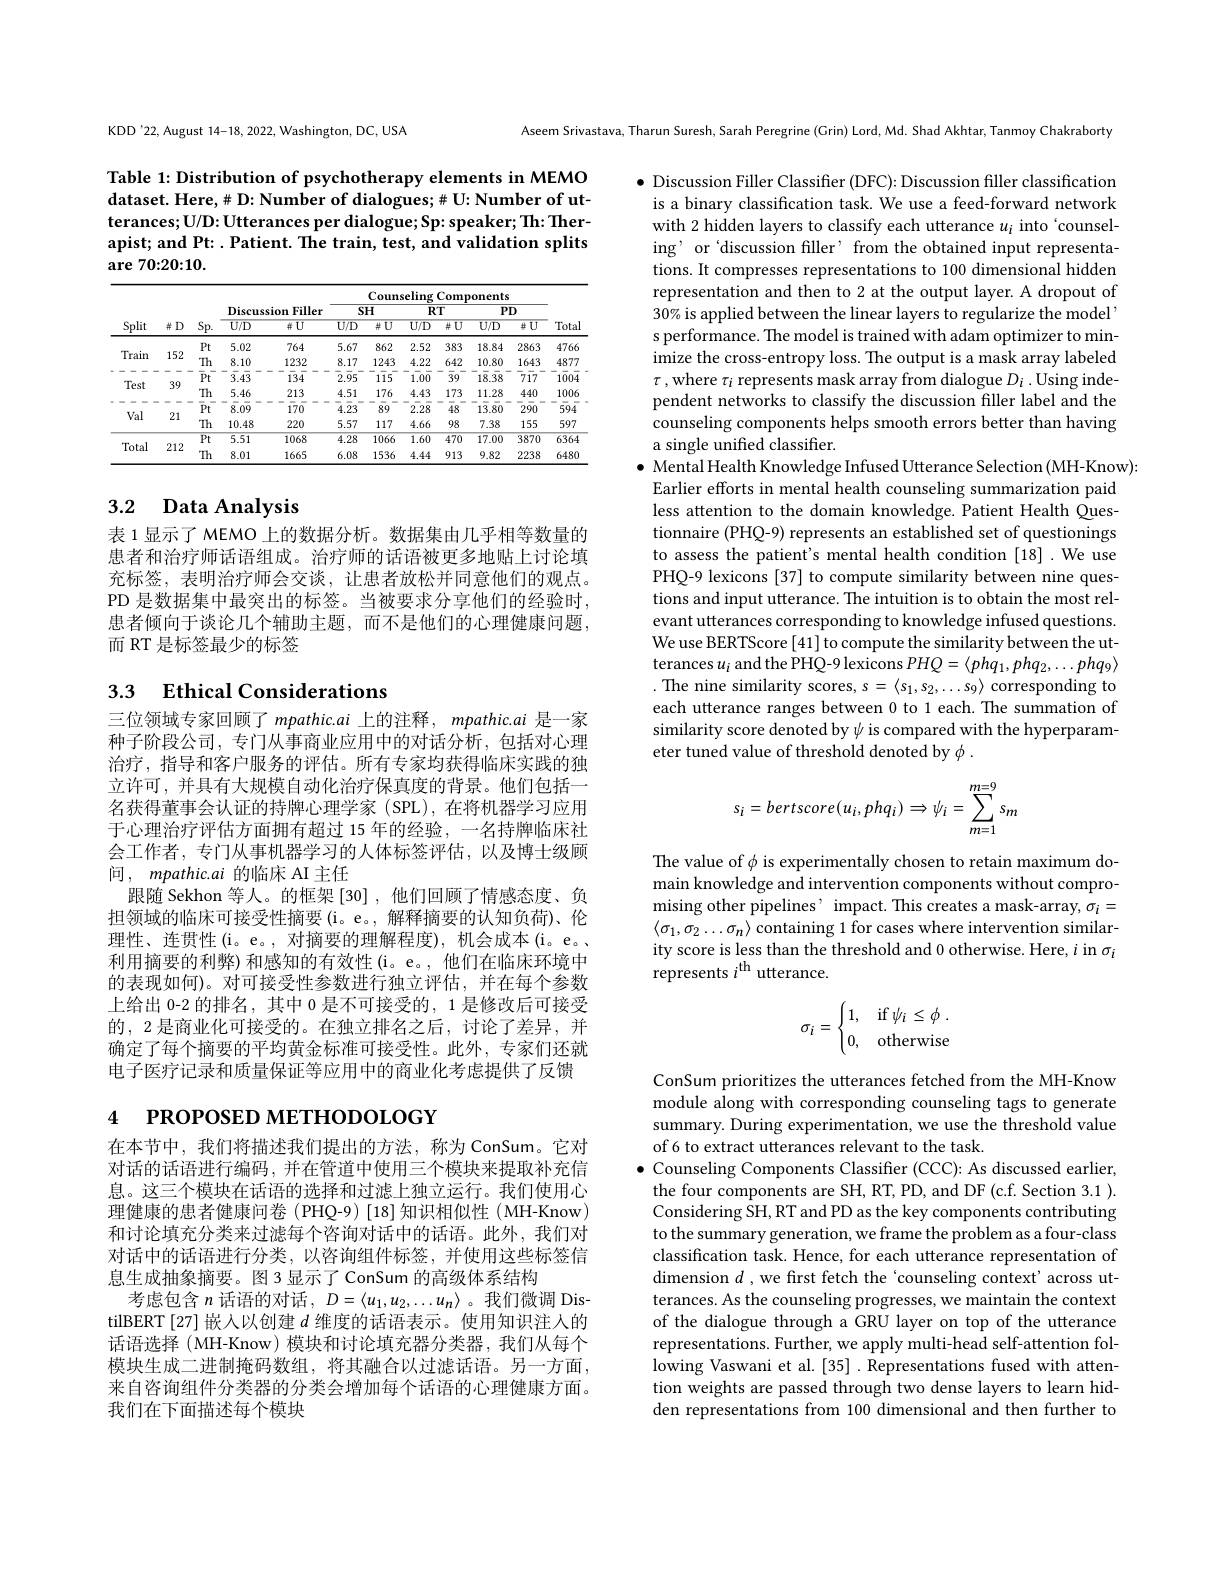
Aseem Srivastava, Tharun Suresh, Sarah Peregrine (Grin) Lord, Md. Shad Akhtar, Tanmoy Chakraborty

KDD'22, August 14-18, 2022, Washington, DC, USA

Table 1: Distribution of psychotherapy elements in MEMO dataset. Here, # D: Number of dialogues; # U: Number of utterances; U/D: Utterances per dialogue; Sp: speaker; Th: Therapist; and Pt: . Patient. The train, test, and validation splits $\textbf{are 70: 20: 10. }$

<table>
	<tbody>
		<tr>
			<th rowspan="3">Split</th>
			<th rowspan="3">$\#D$</th>
			<th rowspan="3">$\underline{Sp.}$</th>
			<th> </th>
			<th> </th>
			<th colspan="6">Counseling Components</th>
			<th rowspan="3">Total</th>
		</tr>
		<tr>
			<th colspan="2">Discussion Filler</th>
			<th colspan="2">SH</th>
			<th colspan="2">$RT$</th>
			<th colspan="2">$PD$</th>
		</tr>
		<tr>
			<th>$U/D$</th>
			<th>$\#U$</th>
			<th>$U/D$</th>
			<th>$\#U$</th>
			<th>$U/D$</th>
			<th>$\#U$</th>
			<th>$U/D$</th>
			<th>$\#U$</th>
		</tr>
		<tr>
			<td>71</td>
			<td>11P n</td>
			<td>$Pt$</td>
			<td>5.02</td>
			<td>764</td>
			<td>5.67</td>
			<td>862</td>
			<td>2.52</td>
			<td>383</td>
			<td>18.84</td>
			<td>2863</td>
			<td>4766</td>
		</tr>
		<tr>
			<td>ITaln</td>
			<td>13L</td>
			<td>Th</td>
			<td>8.10</td>
			<td>1232</td>
			<td>8.17</td>
			<td>1243</td>
			<td>4.22</td>
			<td>642</td>
			<td>10.80</td>
			<td>1643</td>
			<td>4877</td>
		</tr>
		<tr>
			<td> </td>
			<td> </td>
			<td>$\bar{P}\bar{t}$</td>
			<td>3.43</td>
			<td>134</td>
			<td>$\overline{2}.\overline{9}5$</td>
			<td>$1\overline{15}$</td>
			<td>1.00</td>
			<td>$\bar{3}9^{-}$</td>
			<td>18.38</td>
			<td>$\bar{7}\overline{17}$</td>
			<td>1004</td>
		</tr>
		<tr>
			<td>IESL</td>
			<td>$3y$</td>
			<td>Th</td>
			<td>5.46</td>
			<td>213</td>
			<td>4.51</td>
			<td>176</td>
			<td>4.43</td>
			<td>173</td>
			<td>11.28</td>
			<td>440</td>
			<td>1006</td>
		</tr>
		<tr>
			<td rowspan="2">Val</td>
			<td> </td>
			<td>$\bar{P}t$</td>
			<td>8.09</td>
			<td>170</td>
			<td>$\overline{4}.\overline{23}$ 、</td>
			<td>89 T</td>
			<td>2.28</td>
			<td>$\overline{48}^{-}$ 1 1 1</td>
			<td>13.80</td>
			<td>$\overline{290}$</td>
			<td>$5\overline{94}$ </td>
		</tr>
		<tr>
			<td>$LI$</td>
			<td>Th</td>
			<td>10.48</td>
			<td>220</td>
			<td>5.57</td>
			<td>117</td>
			<td>4.66</td>
			<td>98</td>
			<td>7.38</td>
			<td>155</td>
			<td>597</td>
		</tr>
		<tr>
			<td rowspan="2">Total</td>
			<td>T</td>
			<td>$\overline{Pt}$</td>
			<td>5.51</td>
			<td>1068</td>
			<td>4.28</td>
			<td>1066</td>
			<td>1.60</td>
			<td>470</td>
			<td>17.00</td>
			<td>3870</td>
			<td>6364</td>
		</tr>
		<tr>
			<td>$\angle\bot\angle$</td>
			<td>Th</td>
			<td>8.01</td>
			<td>1665</td>
			<td>6.08</td>
			<td>1536</td>
			<td>4.44</td>
			<td>913</td>
			<td>9.82</td>
			<td>2238</td>
			<td>6480</td>
		</tr>
	</tbody>
</table>

## 3.2 Data Analysis

表 1 显示了 MEMO 上的数据分析。数据集由几乎相等数量的患者和治疗师话语组成。治疗师的话语被更多地贴上讨论填充标签，表明治疗师会交谈，让患者放松并同意他们的观点。PD 是数据集中最突出的标签。当被要求分享他们的经验时， 患者倾向于谈论几个辅助主题，而不是他们的心理健康问题， 而 RT 是标签最少的标签

### 3.3 $\textbf{Ethical Considerations}$

三位领域专家回顾了 mpathic.ai 上的注释，mpathic.ai 是一家种子阶段公司，专门从事商业应用中的对话分析，包括对心理治疗，指导和客户服务的评估。所有专家均获得临床实践的独立许可，并具有大规模自动化治疗保真度的背景。他们包括一名获得董事会认证的持牌心理学家(SPL),在将机器学习应用于心理治疗评估方面拥有超过 15 年的经验，一名持牌临床社会工作者，专门从事机器学习的人体标签评估，以及博士级顾间，mpathic.ai 的临床 AI 主任
跟随 Sekhon 等人。的框架 [30] ,他们回顾了情感态度、负担领域的临床可接受性摘要(i。e。,解释摘要的认知负荷)、伦理性、连贯性(i。e。,对摘要的理解程度),机会成本(i。e。、 利用摘要的利弊)和感知的有效性(i。e。,他们在临床环境中的表现如何)。对可接受性参数进行独立评估，并在每个参数上给出 0-2 的排名，其中 0 是不可接受的，1 是修改后可接受的，2 是商业化可接受的。在独立排名之后，讨论了差异，并确定了每个摘要的平均黄金标准可接受性。此外，专家们还就电子医疗记录和质量保证等应用中的商业化考虑提供了反馈

# 4 PROPOSED METHODOLOGY

在本节中，我们将描述我们提出的方法，称为 ConSum。它对对话的话语进行编码，并在管道中使用三个模块来提取补充信息。这三个模块在话语的选择和过滤上独立运行。我们使用心理健康的患者健康问卷 (PHQ-9) [18]知识相似性 (MH-Know) 和讨论填充分类来过滤每个咨询对话中的话语。此外，我们对对话中的话语进行分类，以咨询组件标签，并使用这些标签信息生成抽象摘要。图3显示了ConSum 的高级体系结构
考虑包含$n$话语的对话$,D=\langle u_1,u_2,\ldots u_n\rangle$ 。我们微调 DistilBERT[27] 嵌人以创建$d$维度的话语表示。使用知识注人的话语选择 (MH-Know) 模块和讨论填充器分类器，我们从每个模块生成二进制掩码数组，将其融合以过滤话语。另一方面， 来自咨询组件分类器的分类会增加每个话语的心理健康方面。我们在下面描述每个模块

$\bullet$ Discussion Filler Classifier (DFC): Discussion filler classification is a binary classification task. We use a feed-forward network with 2 hidden layers to classify each utterance $u_i$ into ‘counseling' or'discussion filler' from the obtained input representations. It compresses representations to 100 dimensional hidden representation and then to 2 at the output layer. A dropout of 30% is applied between the linear layers to regularize the model' s performance. The model is trained with adam optimizer to minimize the cross-entropy loss. The output is a mask array labeled $\tau$,where $\tau_i$ represents mask array from dialogue $D_i.$ Using independent networks to classify the discussion filler label and the counseling components helps smooth errors better than having a single unified classifier.
$\bullet$ Mental Health Knowledge Infused Utterance Selection (MH-Know):
Earlier efforts in mental health counseling summarization paid less attention to the domain knowledge. Patient Health Questionnaire (PHQ-9) represents an established set of questionings to assess the patient's mental health condition [18] .We use PHQ-9 lexicons [37] to compute similarity between nine questions and input utterance. The intuition is to obtain the most relevant utterances corresponding to knowledge infused questions. We use BERTScore [41]to compute the similarity between the utterances $u_i$ and the PHQ-9 lexicons $PHQ=\langle phq_1,phq_2,\ldots phq_9\rangle$ . The nine similarity scores, $s=\langle s_1,s_2,\ldots s_9\rangle$ corresponding to each utterance ranges between 0 to 1 each. The summation of similarity score denoted by $\psi$ is compared with the hyperparameter tuned value of threshold denoted by $\phi$ .
$$s_i=bertscore(u_i,phq_i)\Rightarrow\psi_i=\sum_{m=1}^{m=9}s_m$$
The value of $\phi$ is experimentally chosen to retain maximum domain knowledge and intervention components without compromising other pipelines' impact. This creates a mask-array, $\sigma_i=$ $\langle\sigma_1,\sigma_2\ldots\sigma_n\rangle$ containing 1 for cases where intervention similarity score is less than the threshold and 0 otherwise. Here, $i$ in $\sigma_i$ represents $i^\mathrm{th}$ utterance.
$$\sigma_i=\begin{cases}1,&\text{if}\psi_i\leq\phi\:.\\0,&\text{otherwise}\end{cases}$$
ConSum prioritizes the utterances fetched from the MH-Know module along with corresponding counseling tags to generate summary. During experimentation, we use the threshold value of 6 to extract utterances relevant to the task.
$\bullet$ Counseling Components Classifier (CCC): As discussed earlier, the four components are SH, RT, PD, and DF (c.f. Section 3.1 ). Considering $\dot{\text{SH,RTandPDasthekeycomponentscontributing}}$ to the summary generation, we frame the problem as a four-class classification task. Hence, for each utterance representation of dimension $d$ , we first fetch the 'counseling context'across utterances. As the counseling progresses, we maintain the context of the dialogue through a GRU layer on top of the utterance representations. Further, we apply multi-head self-attention following Vaswani et al.[35] .Representations fused with attention weights are passed through two dense layers to learn hidden representations from 100 dimensional and then further to